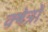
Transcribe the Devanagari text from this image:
क्ष्‍ोत्रों